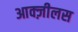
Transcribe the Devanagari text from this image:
आक्ज़ीलस